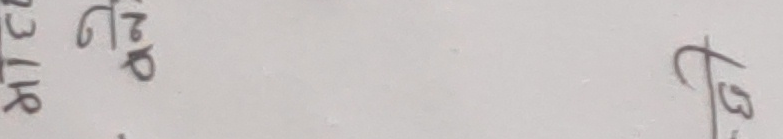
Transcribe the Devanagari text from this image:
2318 नेपाल प्र